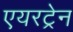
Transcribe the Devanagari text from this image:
एयरट्रेन